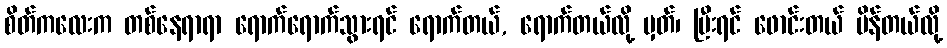
စိတ်ကလေးက တစ်နေရာရာ ရောက်ရောက်သွားရင် ရောက်တယ်, ရောက်တယ်လို့ မှတ်၊ ပြီးရင် ဖောင်းတယ် ပိန်တယ်လို့